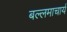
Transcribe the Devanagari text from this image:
बल्लमाचार्य